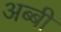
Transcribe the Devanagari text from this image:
अब्बी